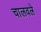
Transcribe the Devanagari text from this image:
चालवले